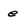
Character: e